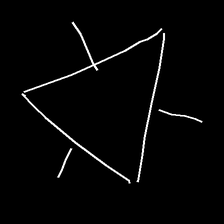
Glyph: fire